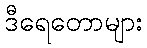
ဒီရေတောများ